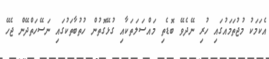
އެކަމަކު މުޖުތަމައުގައި ހުރި ނޭދެވޭ ބޮޑެތި މައްސަލަތަކާއި ގުޅޭގޮތުން ހުތުބާތަކުގައި ނަސޭހަތްދޭން ޖެހޭ